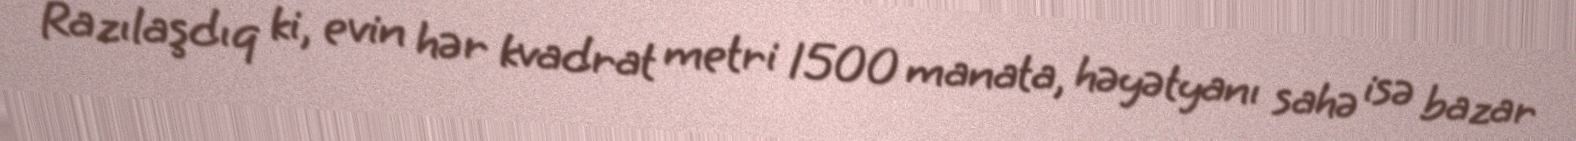
Razılaşdıq ki, evin hər kvadrat metri 1500 manata, həyətyanı sahə isə bazar